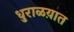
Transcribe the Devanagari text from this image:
धुराळय़ात